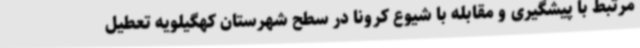
مرتبط با پیشگیری و مقابله با شیوع کرونا در سطح شهرستان کهگیلویه تعطیل